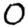
Digit: 0